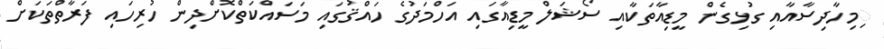
ިމިހާދިސާއާއި ގުޅިގެން މީޑިއާތަކާއި ސޯޝަލް މީޑިއާގައި އަހްމަދުގެ ހައްޤުގައި މަސައްކަތްކޮށްދިން ހުރިހައި ފަރާތްތަކަށް